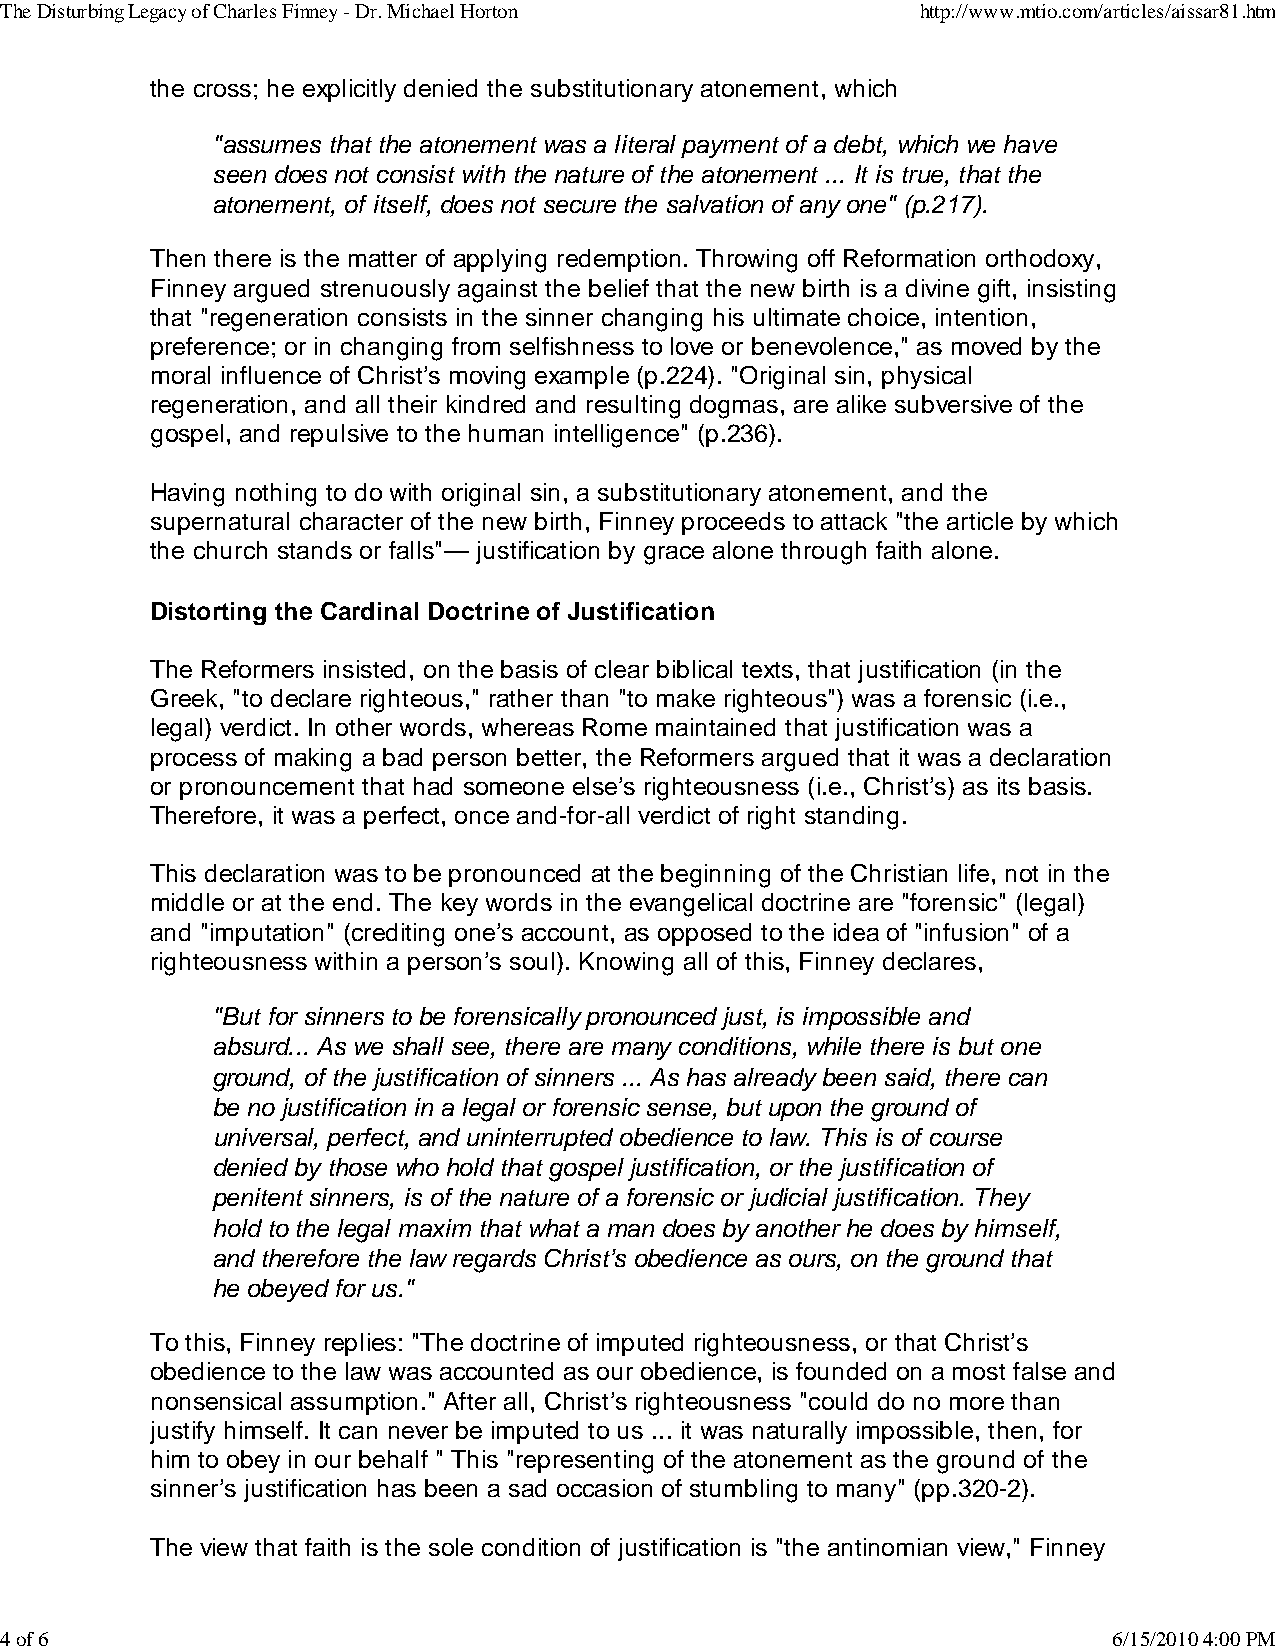
The Disturbing Legacy of Charles Finney - Dr. Michael Horton http://www.mtio.com/articles/aissar81.htm
 the cross; he explicitly denied the substitutionary atonement, which
 "assumes that the atonement was a literal payment of a debt, which we have
 seen does not consist with the nature of the atonement ... It is true, that the
 atonement, of itself, does not secure the salvation of any one" (p.217).
 Then there is the matter of applying redemption. Throwing off Reformation orthodoxy,
 Finney argued strenuously against the belief that the new birth is a divine gift, insisting
 that "regeneration consists in the sinner changing his ultimate choice, intention,
 preference; or in changing from selfishness to love or benevolence," as moved by the
 moral influence of Christ’s moving example (p.224). "Original sin, physical
 regeneration, and all their kindred and resulting dogmas, are alike subversive of the
 gospel, and repulsive to the human intelligence" (p.236).
 Having nothing to do with original sin, a substitutionary atonement, and the
 supernatural character of the new birth, Finney proceeds to attack "the article by which
 the church stands or falls"— justification by grace alone through faith alone.
 Distorting the Cardinal Doctrine of Justification
 The Reformers insisted, on the basis of clear biblical texts, that justification (in the
 Greek, "to declare righteous," rather than "to make righteous") was a forensic (i.e.,
 legal) verdict. In other words, whereas Rome maintained that justification was a
 process of making a bad person better, the Reformers argued that it was a declaration
 or pronouncement that had someone else’s righteousness (i.e., Christ’s) as its basis.
 Therefore, it was a perfect, once and-for-all verdict of right standing.
 This declaration was to be pronounced at the beginning of the Christian life, not in the
 middle or at the end. The key words in the evangelical doctrine are "forensic" (legal)
 and "imputation" (crediting one’s account, as opposed to the idea of "infusion" of a
 righteousness within a person’s soul). Knowing all of this, Finney declares,
 "But for sinners to be forensically pronounced just, is impossible and
 absurd... As we shall see, there are many conditions, while there is but one
 ground, of the justification of sinners ... As has already been said, there can
 be no justification in a legal or forensic sense, but upon the ground of
 universal, perfect, and uninterrupted obedience to law. This is of course
 denied by those who hold that gospel justification, or the justification of
 penitent sinners, is of the nature of a forensic or judicial justification. They
 hold to the legal maxim that what a man does by another he does by himself,
 and therefore the law regards Christ’s obedience as ours, on the ground that
 he obeyed for us."
 To this, Finney replies: "The doctrine of imputed righteousness, or that Christ’s
 obedience to the law was accounted as our obedience, is founded on a most false and
 nonsensical assumption." After all, Christ’s righteousness "could do no more than
 justify himself. It can never be imputed to us ... it was naturally impossible, then, for
 him to obey in our behalf " This "representing of the atonement as the ground of the
 sinner’s justification has been a sad occasion of stumbling to many" (pp.320-2).
 The view that faith is the sole condition of justification is "the antinomian view," Finney
 4 of 6                                                                    6/15/2010 4:00 PM